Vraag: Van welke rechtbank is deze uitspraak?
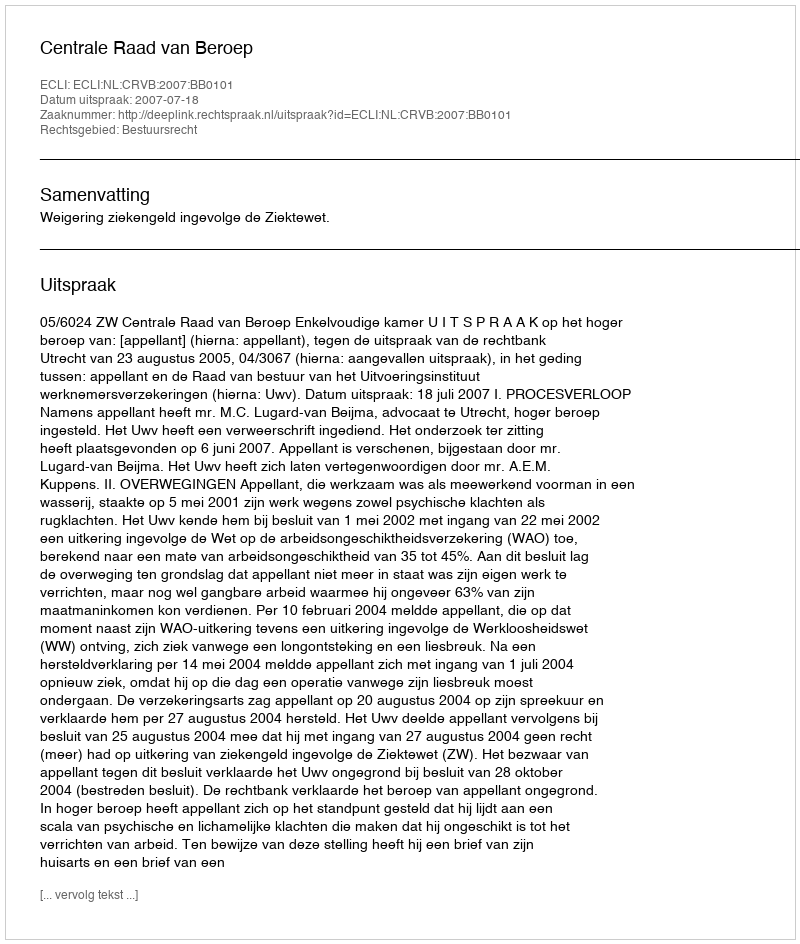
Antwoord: Centrale Raad van Beroep